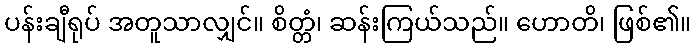
ပန်းချီရုပ် အတူသာလျှင်။ စိတ္တံ၊ ဆန်းကြယ်သည်။ ဟောတိ၊ ဖြစ်၏။